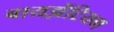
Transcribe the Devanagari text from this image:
बायझेंटियम